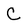
Character: C